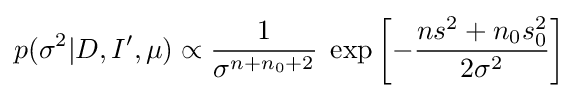
p(\sigma ^{2}|D,I^{\prime },\mu )\propto {\frac {1}{\sigma ^{n+n_{0}+2}}}\;\exp \left[-{\frac {ns^{2}+n_{0}s_{0}^{2}}{2\sigma ^{2}}}\right]